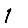
Digit: 1